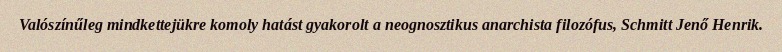
Valószínűleg mindkettejükre komoly hatást gyakorolt a neognosztikus anarchista filozófus, Schmitt Jenő Henrik.